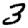
Digit: 3